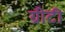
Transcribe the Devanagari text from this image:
ग्रीटी